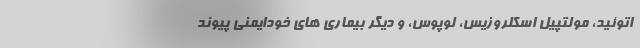
اتوئید، مولتپیل اسکلروزیس، لوپوس، و دیگر بیماری های خودایمنی پیوند